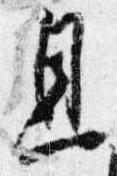
息